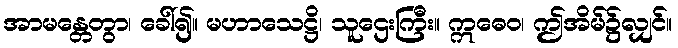
အာမန္တေတွာ၊ ခေါ်၍။ မဟာသေဋ္ဌိ၊ သူဌေးကြီး။ ဣဓေဝ၊ ဤအိမ်၌လျှင်။